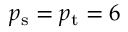
{ p _ { \mathrm { s } } } = { p _ { \mathrm { t } } } = 6